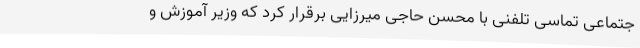
جتماعی تماسی تلفنی با محسن حاجی میرزایی برقرار کرد که وزیر آموزش و